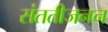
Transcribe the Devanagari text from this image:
संततीजनन